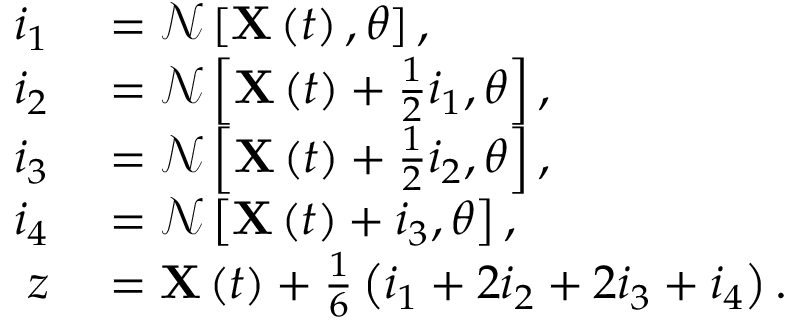
\begin{array} { r l } { i _ { 1 } } & { { } = \mathcal { N } \left[ \mathbf { X } \left( t \right) , \theta \right] , } \\ { i _ { 2 } } & { { } = \mathcal { N } \left[ \mathbf { X } \left( t \right) + \frac { 1 } { 2 } i _ { 1 } , \theta \right] , } \\ { i _ { 3 } } & { { } = \mathcal { N } \left[ \mathbf { X } \left( t \right) + \frac { 1 } { 2 } i _ { 2 } , \theta \right] , } \\ { i _ { 4 } } & { { } = \mathcal { N } \left[ \mathbf { X } \left( t \right) + i _ { 3 } , \theta \right] , } \\ { z } & { { } = \mathbf { X } \left( t \right) + \frac { 1 } { 6 } \left( i _ { 1 } + 2 i _ { 2 } + 2 i _ { 3 } + i _ { 4 } \right) . } \end{array}